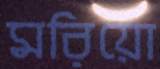
মরিয়ো